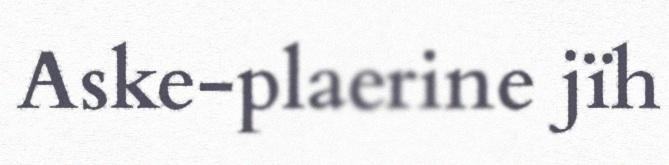
Aske-plaerine jïh